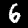
Digit: 6